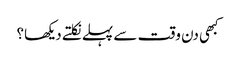
کبھی دن وقت سے پہلے نکلتے دیکھا؟